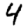
Digit: 4